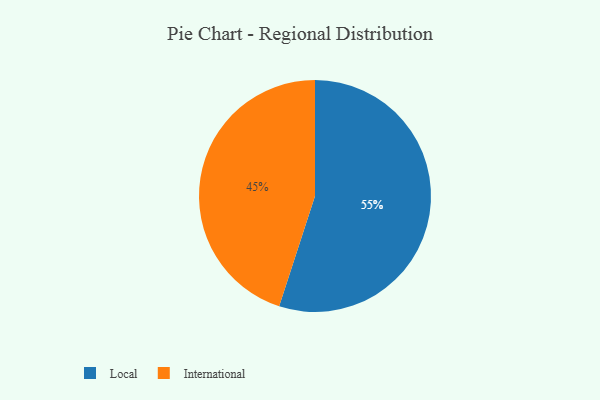
{"axis": {"x": "Category", "y": "Percentage"}, "legend": ["International", "Local"], "data": [{"x": "International", "y": 45, "type": "International"}, {"x": "Local", "y": 55, "type": "Local"}]}